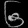
Digit: ၆